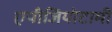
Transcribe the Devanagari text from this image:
एपीजियोटामी